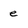
Character: e